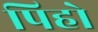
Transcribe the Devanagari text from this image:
पिहो